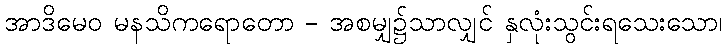
အာဒိမေဝ မနသိကရောတော - အစမျှ၌သာလျှင် နှလုံးသွင်းရသေးသော၊